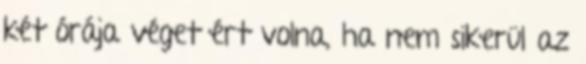
két órája véget ért volna, ha nem sikerül az